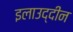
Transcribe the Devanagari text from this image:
इलाउद्दीन